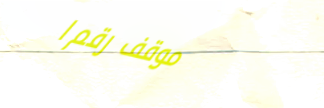
موقف رقم ١